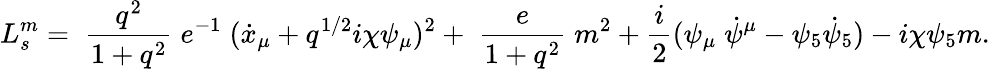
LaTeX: L_{s}^{m}=\; \frac{q^{2}}{1+q^{2}}\; e^{-1}\; (\dot{x}_{\mu}+q^{1/2}i\chi\psi_{\mu})^{2}+\; \frac{e}{1+q^{2}}\; m^{2}+\frac{i}{2}(\psi_{\mu}\; \dot{\psi}^{\mu}-\psi_{5}\dot{\psi}_{5})-i\chi\psi_{5}m.